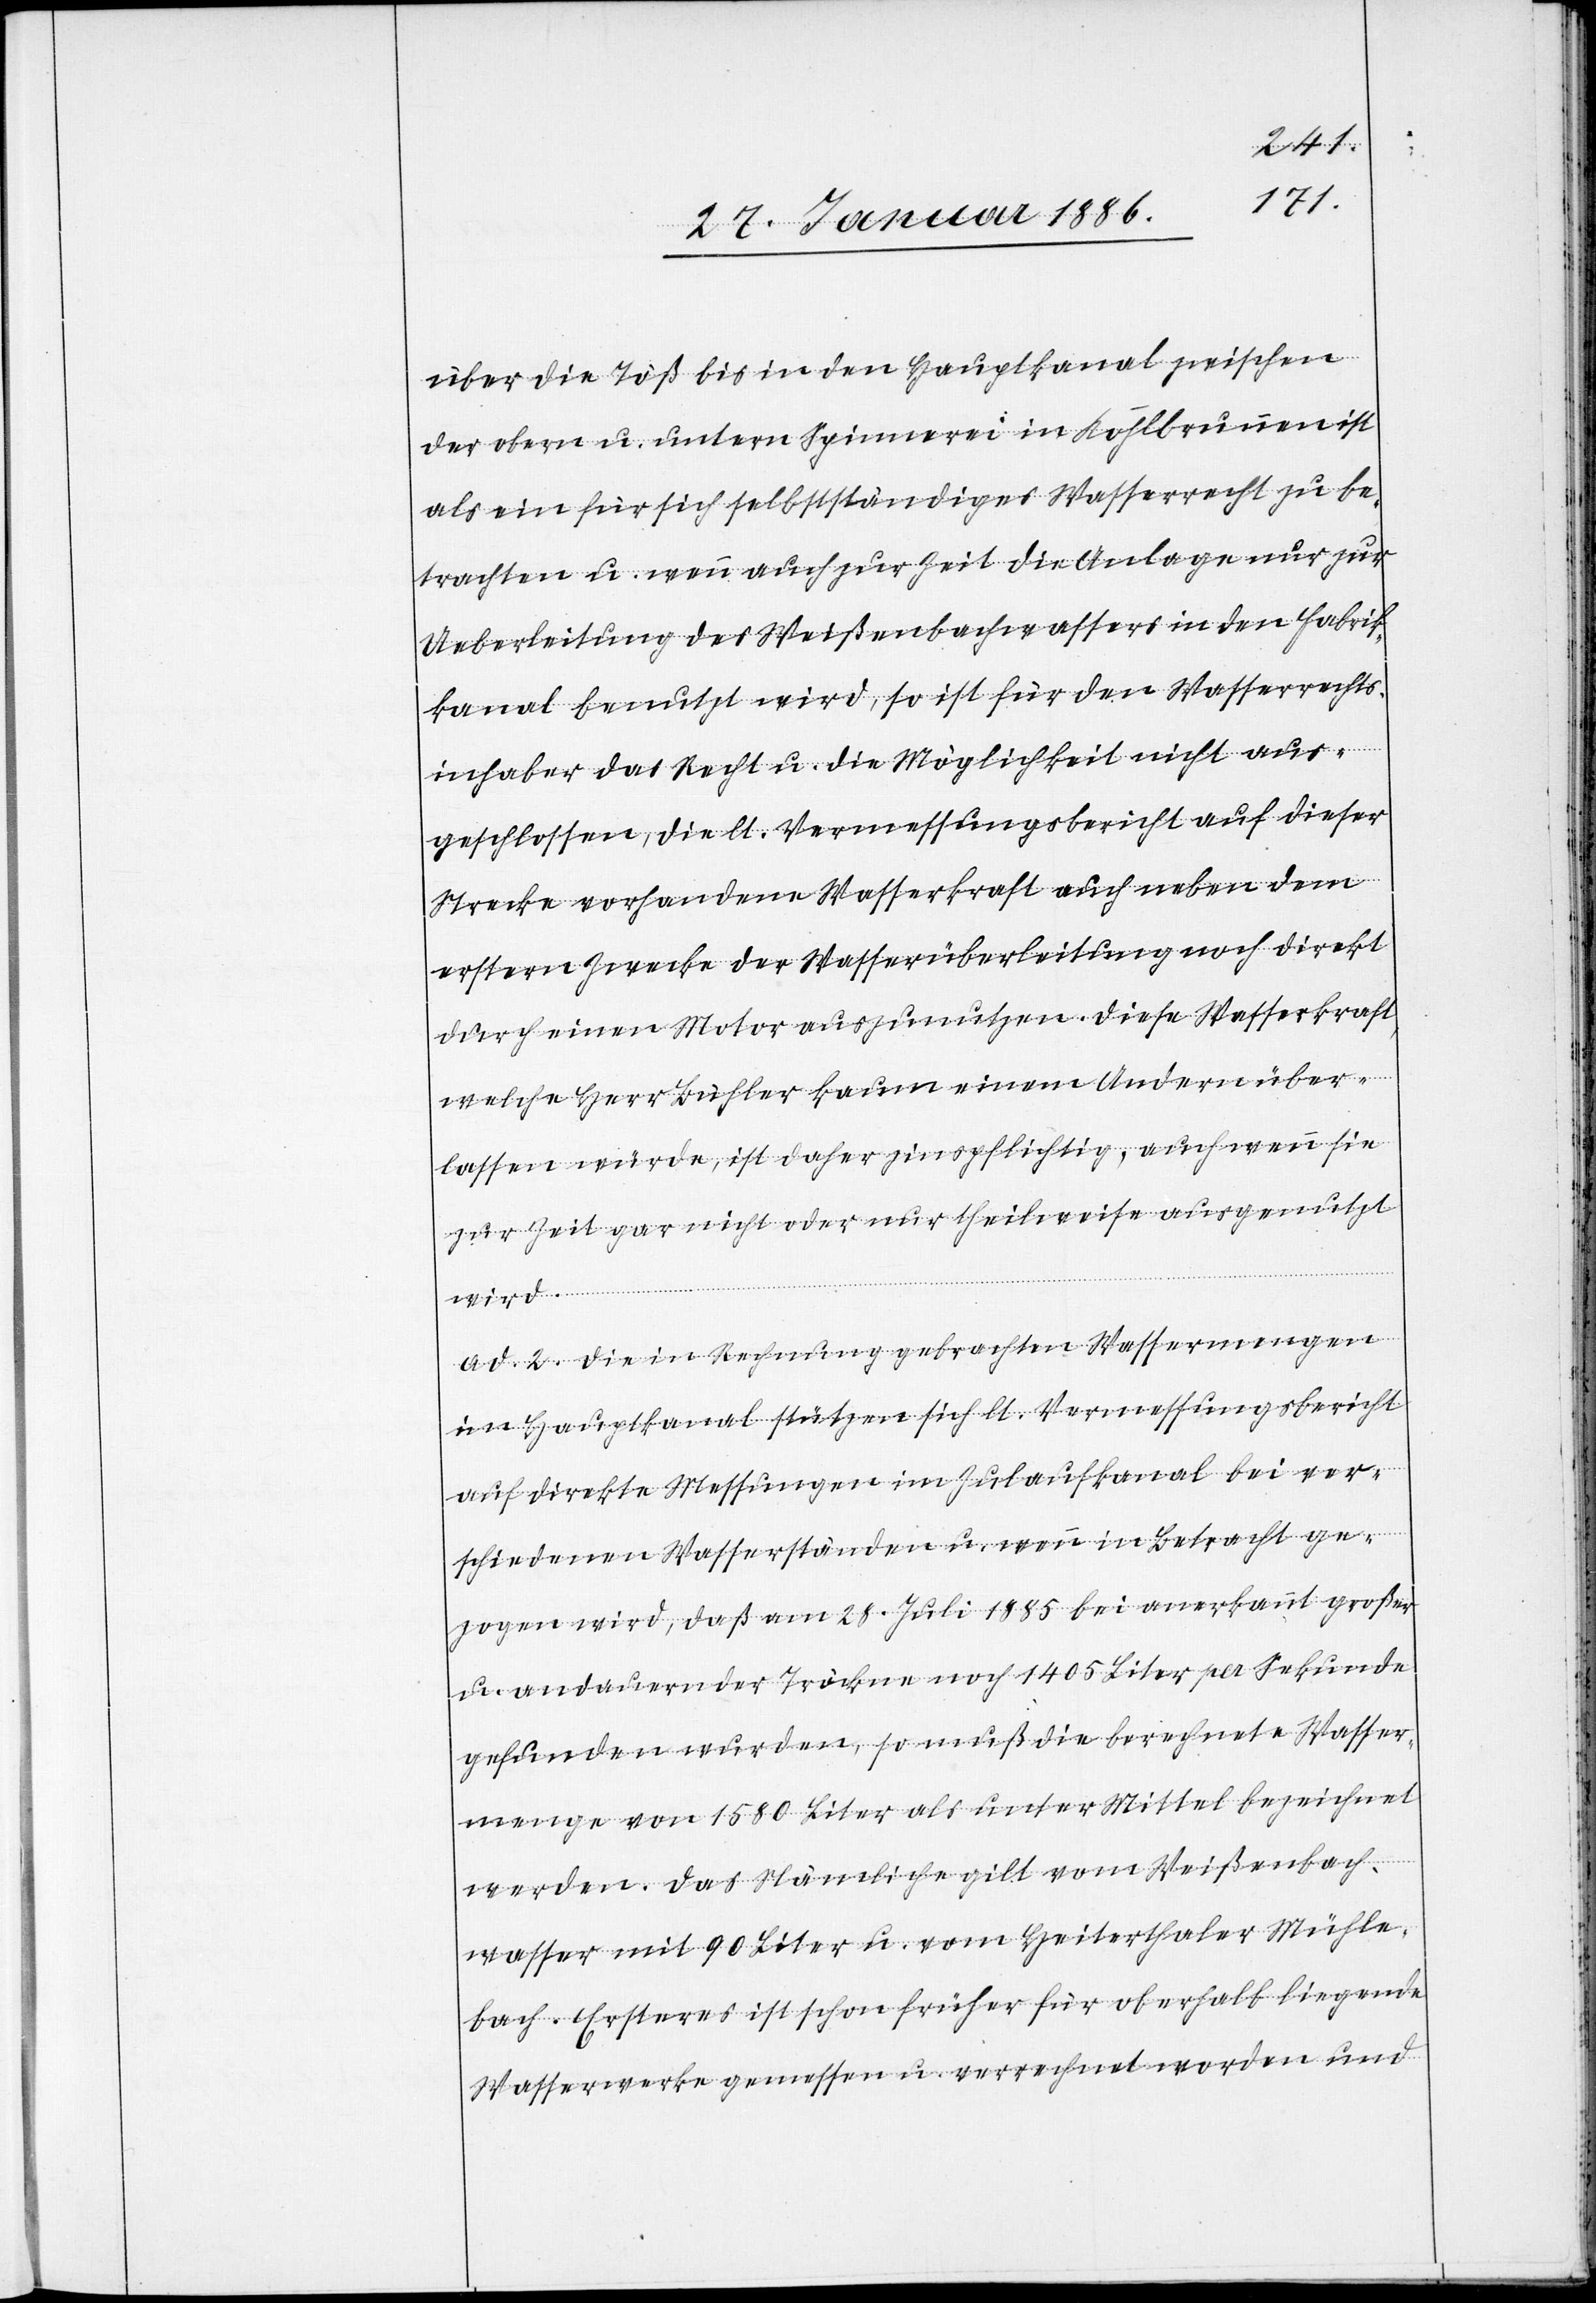
über die Töß bis in den Hauptkanal zwischen
der obern u. untern Spinnerei in Kohlbrunnen ist
als ein für sich selbständiges Wasserrecht zu be¬
trachten u. wenn auch zur Zeit die Anlage nur zur
Ueberleitung des Weißenbachwassers in den Fabri¬
kanal benutzt wird, so ist für den Wasserrechts¬
inhaber das Recht u. die Möglichkeit nicht aus¬
geschlossen, die lt. Vermessungsbericht auf dieser
Strecke vorhandene Wasserkraft auch neben dem
erstern Zwecke der Wasserüberleitung noch direkt
durch einen Motor auszunutzen. Diese Wasserkraft,
welche Herr Bühler kaum einem Andern über¬
lassen würde, ist daher zinspflichtig, auch wenn sie
zur Zeit gar nicht oder nur theilweise ausgenutzt
wird.
ad. 2. Die in Rechnung gebrachten Wassermengen
im Hauptkanal stützen sich lt. Vernehmlassungsbericht
auf direkte Messungen im Zulaufkanal bei ver¬
schiedenen Wasserständen u. wenn in Betracht ge¬
zogen wird, daß am 28. Juli 1885 bei anerkannt großer
u. andauernder Tröckne noch 1405 Liter per Sekunde
gefunden wurden, so muß die berechnete Wasser¬
menge von 1580 Liter als unter Mittel bezeichnet
werden. Das Nämliche gilt vom Weißenbach¬
wasser mit 90 Liter u. vom Heiterthaler Mühle¬
bach. Ersteres ist schon früher für oberhalb liegende
Wasserwerk gemessen u. verrechnet worden und